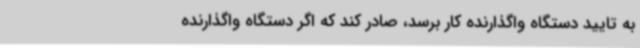
به تایید دستگاه واگذارنده کار برسد، صادر کند که اگر دستگاه واگذارنده